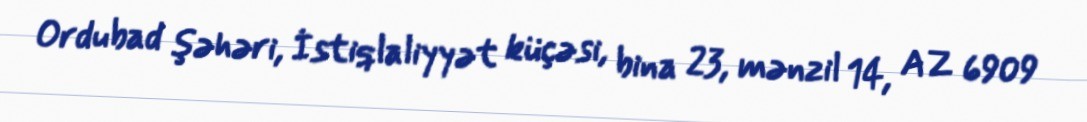
Ordubad şəhəri, İstiqlaliyyət küçəsi, bina 23, mənzil 14, AZ 6909